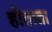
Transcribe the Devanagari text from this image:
होताता